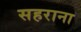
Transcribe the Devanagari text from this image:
सहराना